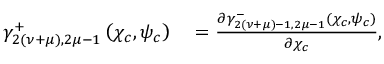
\begin{array} { r l } { \gamma _ { 2 ( \nu + \mu ) , 2 \mu - 1 } ^ { + } \left( \chi _ { c } , \psi _ { c } \right) } & { { } = \frac { \partial \gamma _ { 2 ( \nu + \mu ) - 1 , 2 \mu - 1 } ^ { - } \left( \chi _ { c } , \psi _ { c } \right) } { \partial \chi _ { c } } , } \end{array}